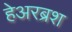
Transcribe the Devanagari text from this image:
हेअरब्रश